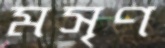
মসৃণ